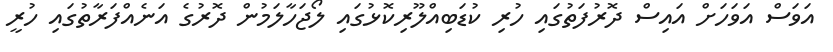
އަވަސް އަވަހަށް އައިސް ދޮރުފަތުގައި ހުރި ކުޑަބިއްލޫރިކޮޅުގައި ލޯޖަހާލަމުން ދޮރުގެ އަނެއްފަރާތުގައި ހުރީ